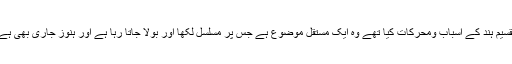
تقسیم ہند کے اسباب ومحرکات کیا تھے وہ ایک مستقل موضوع ہے جس پر مسلسل لکھا اور بولا جاتا رہا ہے اور ہنوز جاری بھی ہے۔